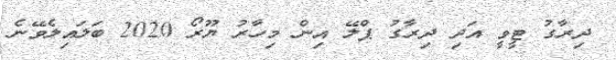
ދިރާގު ޓީވީ އަދި ދިރާގު ޕްލޭ އިން މިހާރު ޔޫރޯ 2020 ބަލައިލެވޭނެ